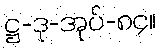
ဋ္ဌ-ဒု-အုပ်-၈၄။